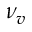
\nu _ { v }